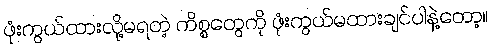
ဖုံးကွယ်ထားလို့မရတဲ့ ကိစ္စတွေကို ဖုံးကွယ်မထားချင်ပါနဲ့တော့။